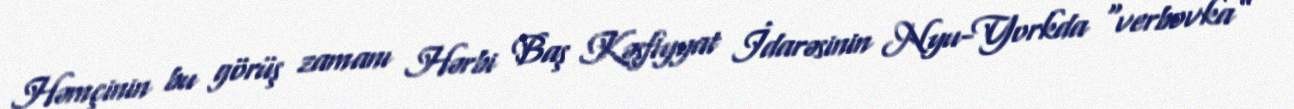
Həmçinin bu görüş zamanı Hərbi Baş Kəşfiyyat İdarəsinin Nyu-Yorkda “verbovka”